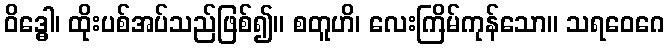
ဝိဒ္ဓေါ၊ ထိုးပစ်အပ်သည်ဖြစ်၍။ စတူဟိ၊ လေးကြိမ်ကုန်သော။ သရဝေဂေ